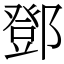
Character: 鄧